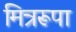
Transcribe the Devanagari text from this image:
मित्ररूपा